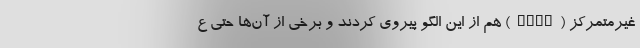
غیرمتمرکز (DeFi) هم از این الگو پیروی کردند و برخی از آن‌ها حتی ع